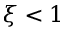
\xi < 1